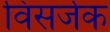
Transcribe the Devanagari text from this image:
विसर्जक